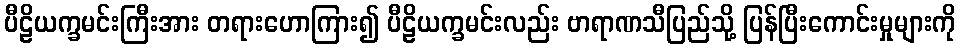
ပီဠိယက္ခမင်းကြီးအား တရားဟောကြား၍ ပီဠိယက္ခမင်းလည်း ဗာရာဏသီပြည်သို့ ပြန်ပြီးကောင်းမှုများကို